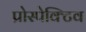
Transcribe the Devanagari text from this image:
प्रोस्पेक्टिव